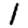
Digit: 1